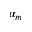
\alpha _ { m }